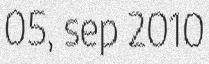
05, sep 2010